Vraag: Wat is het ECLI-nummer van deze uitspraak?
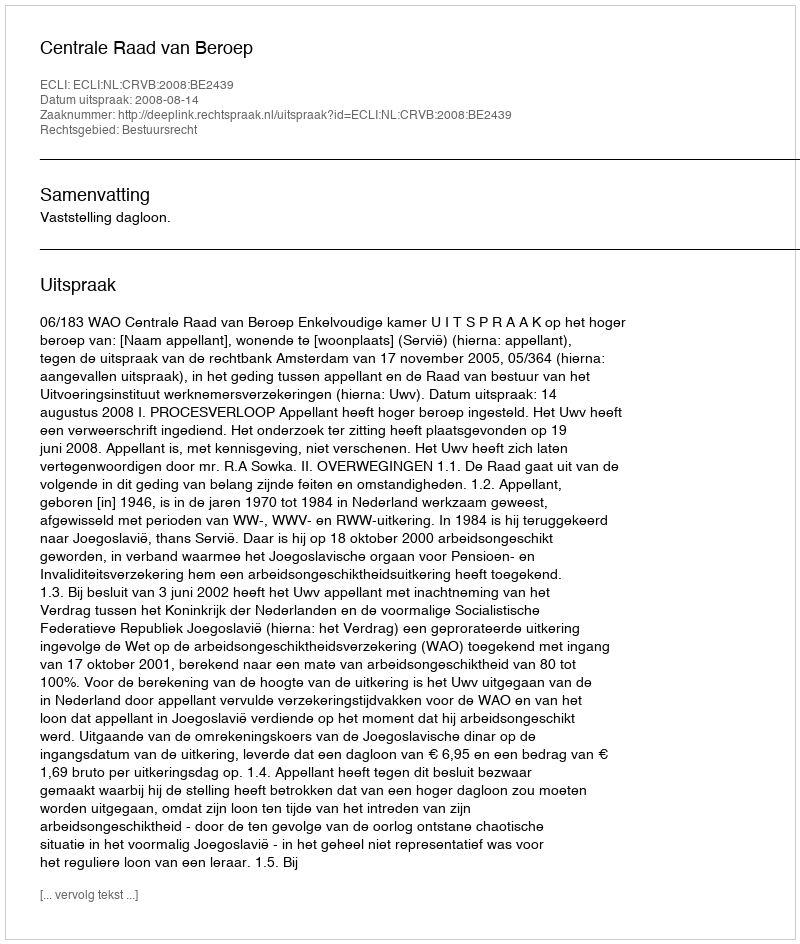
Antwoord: ECLI:NL:CRVB:2008:BE2439